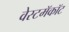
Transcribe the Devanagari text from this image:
वेस्टमॅकॉट